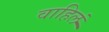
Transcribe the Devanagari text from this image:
वाहिलं